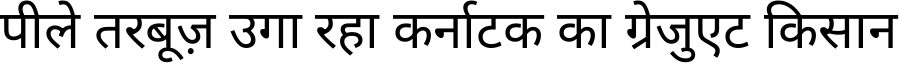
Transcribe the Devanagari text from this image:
पीले तरबूज़ उगा रहा कर्नाटक का ग्रेजुएट किसान